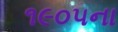
૧૯૦૫ના